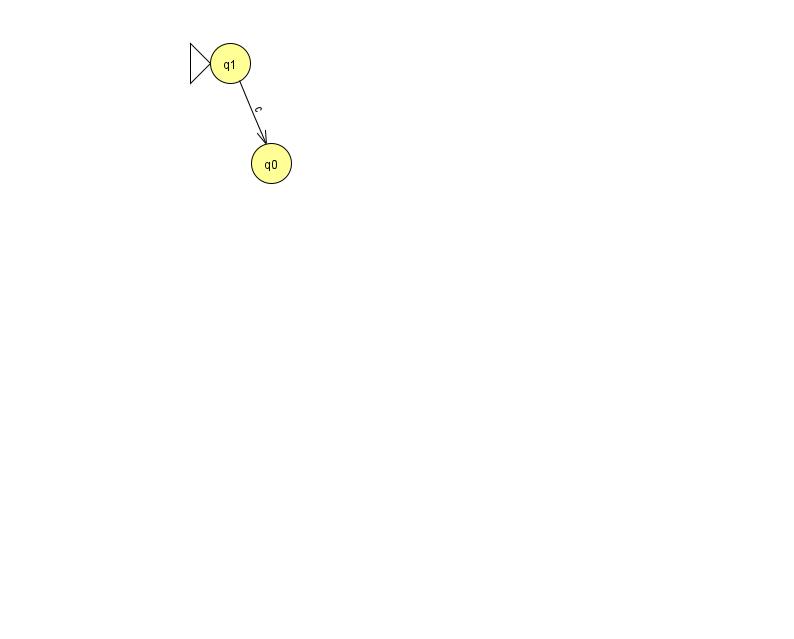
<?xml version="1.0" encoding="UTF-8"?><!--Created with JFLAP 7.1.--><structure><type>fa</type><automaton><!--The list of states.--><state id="0" name="q0"><x>271.0</x><y>150.0</y></state><state id="1" name="q1"><x>230.0</x><y>50.0</y><initial/></state><!--The list of transitions.--><transition><from>1</from><to>0</to><read>c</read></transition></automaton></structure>